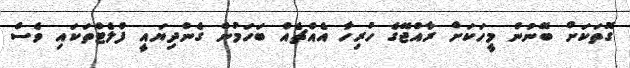
ގޮތަކަށް ބޭނުން މީހަކަށް ރާއްޖޭގެ ހުރިހާ އެއްޗެއް ބަހަމުން ގެންދިޔައީ ފްލެޓްތަކައި ވެސް